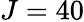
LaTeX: J=40